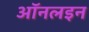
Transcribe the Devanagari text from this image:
ऑनलइन